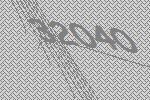
32040